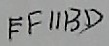
E F / / B D